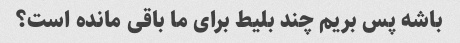
باشه پس بریم چند بلیط برای ما باقی مانده است؟